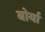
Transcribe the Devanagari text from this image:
बोर्या